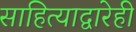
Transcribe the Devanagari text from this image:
साहित्याद्वारेही